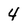
Character: 4